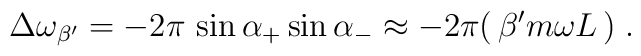
\Delta\omega_{\beta'}= -2\pi\,\sin\alpha_+ \sin\alpha_- \approx -2\pi(\,\beta' m\omega L\,)\;.